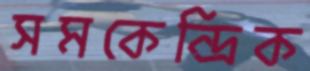
সমকেন্দ্রিক